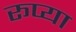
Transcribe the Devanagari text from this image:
रूप्या